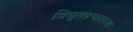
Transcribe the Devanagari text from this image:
विद्युतप्रभारांच्या